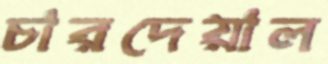
চারদেয়াল